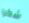
شكرا